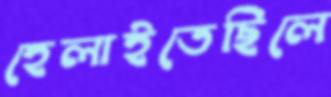
হেলাইতেছিলে